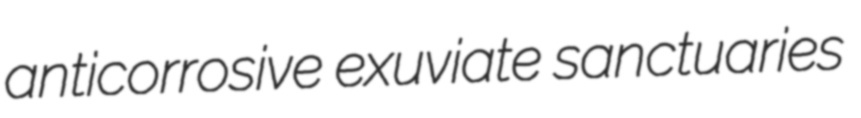
anticorrosive exuviate sanctuaries